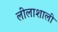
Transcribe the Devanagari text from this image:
लीलाशाली